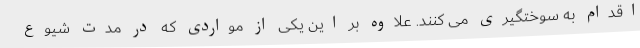
اقدام به سوختگیری می کنند. علاوه بر این یکی از مواردی که در مدت شیوع